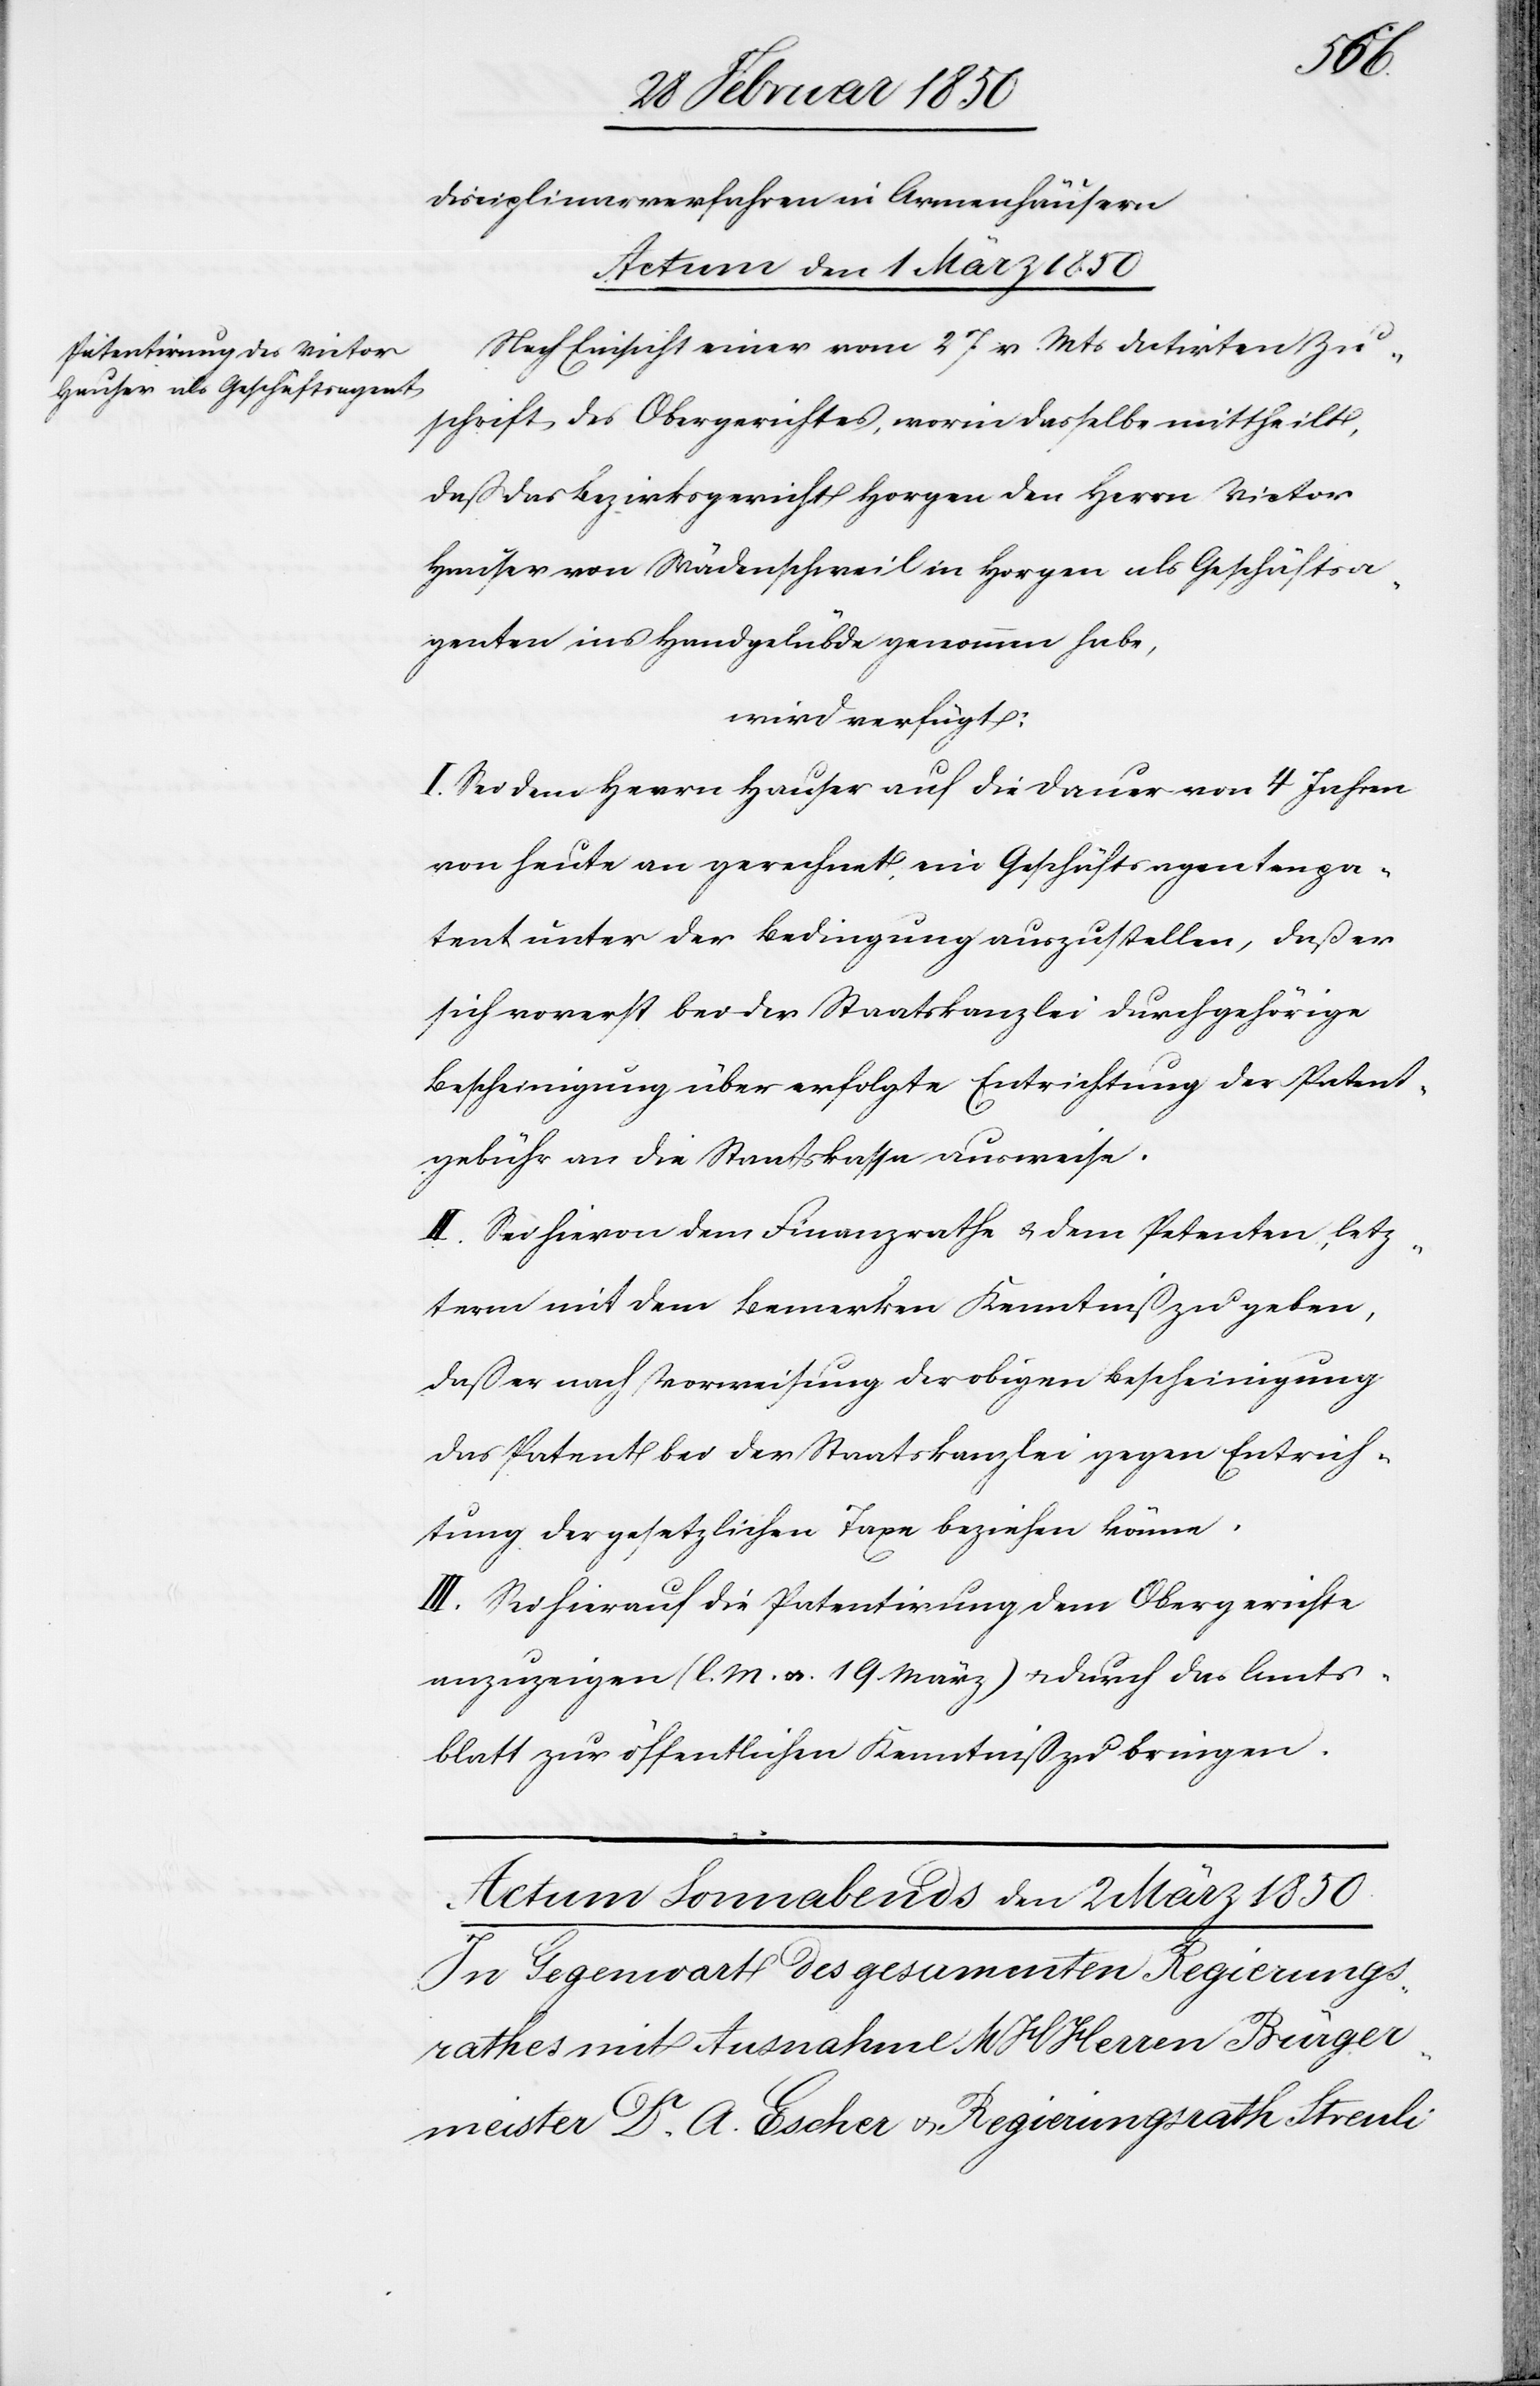
Disciplinarverfahren in Armenhäusern
Actum den 1 März 1850
Nach Einsicht einer vom 27 v. Mts datirten Zu¬
schrift des Obergerichts, worin dasselbe mittheilt,
daß das Bezirksgericht Horgen den Herrn Victor
Hauser von Wädenschweil in Horgen als Geschäftsa¬
genten ins Handgelübde genommen habe,
wird verfügt:
I. Sei dem Herrn Hauser auf die Dauer von 4 Jahren
von heute an gerechnet, ein Geschäftsagentenpa¬
tent unter der Bedingung auszustellen, daß er
sich vorerst bei der Staatskanzlei durch gehörige
Bescheinigung über erfolgte Entrichtung der Patent¬
gebühr an die Staatskassa ausweise.
II. Sei hievon dem Finanzrathe u. dem Petenten, letz¬
term mit dem Bemerken Kenntniß zu geben,
daß er nach Vorweisung der obigen Bescheinigung
das Patent bei der Staatskanzlei gegen Entrich¬
tung der gesetzlichen Taxe beziehen könne.
III. Sei hierauf die Patentirung dem Obergerichte
anzuzeigen (l. M. v. 19. März) u. durch das Amts¬
blatt zur öffentlichen Kenntniß zu bringen.